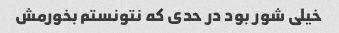
خیلی شور بود در حدی که نتونستم بخورمش